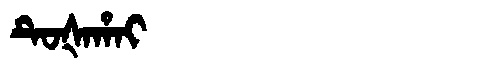
Manchu: ᡨᡠᡧᠠᡥᠠᡳ
Romanization: TUŠAHAI